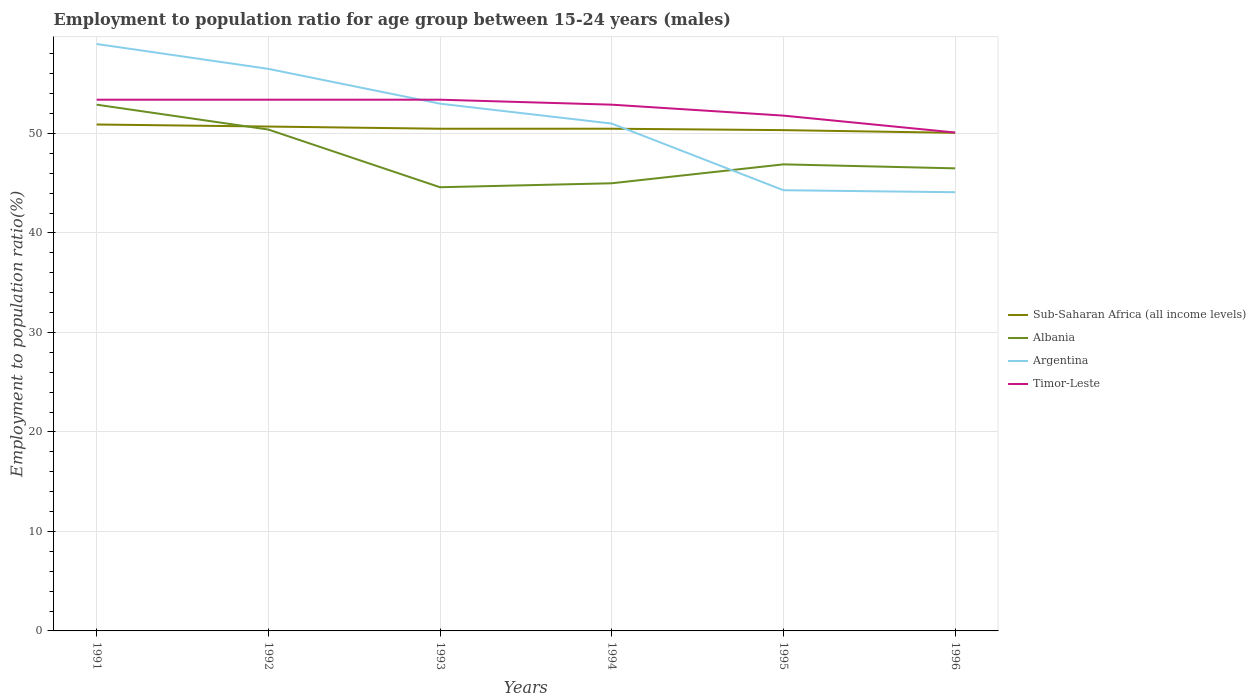
| Years | Sub-Saharan Africa (all income levels) | Albania | Argentina | Timor-Leste |
 | --- | --- | --- | --- | --- |
 | 1991 | 50.9 | 52.9 | 59 | 53.4 |
 | 1992 | 50.7 | 50.4 | 56.5 | 53.4 |
 | 1993 | 50.5 | 44.6 | 53 | 53.4 |
 | 1994 | 50.5 | 45 | 51 | 52.9 |
 | 1995 | 50.3 | 46.9 | 44.3 | 51.8 |
 | 1996 | 50.1 | 46.5 | 44.1 | 50.1 |